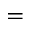
=